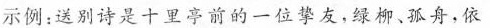
示例：送别诗是十里亭前的一位挚友，绿柳、孤舟，依